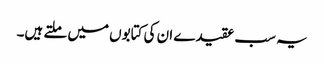
یہ سب عقیدے ان کی کتابوں میں ملتے ہیں۔